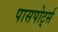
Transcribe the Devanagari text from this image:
पासपोर्ट्स